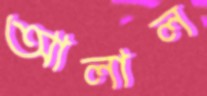
আলাল